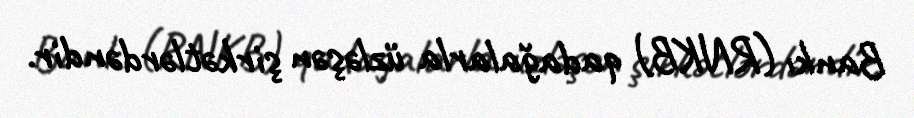
Bankı (RNKB) qadağalarla üzləşən şirkətlərdəndir.